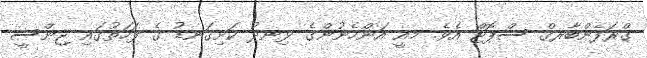
ގްރަފެންބާރގް ސްޕޮޓް އެވެ. މއީ އަންހެނުންގެ ޅިނދު ކަށިގަނޑު ގެ ފަހަތުގައި ޖިންސީ